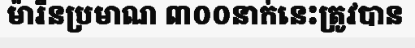
ម៉ារីនប្រមាណ ៣០០នាក់នេះត្រូវបាន